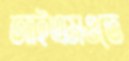
আইএমওতে